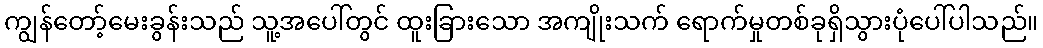
ကျွန်တော့်မေးခွန်းသည် သူ့အပေါ်တွင် ထူးခြားသော အကျိုးသက် ရောက်မှုတစ်ခုရှိသွားပုံပေါ်ပါသည်။